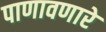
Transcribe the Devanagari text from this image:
पाणावणारे